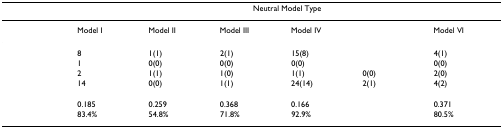
<table><thead><tr><td>[EMPTY_CELL]</td><td colspan="6"><b>Neutral Model Type</b></td></tr></thead><tbody><tr><td>[EMPTY_CELL]</td><td>Model I</td><td>Model II</td><td>Model III</td><td>Model IV</td><td>[EMPTY_CELL]</td><td>Model VI</td></tr><tr><td>[EMPTY_CELL]</td><td>8</td><td>1(1)</td><td>2(1)</td><td>15(8)</td><td>[EMPTY_CELL]</td><td>4(1)</td></tr><tr><td>[EMPTY_CELL]</td><td>1</td><td>0(0)</td><td>0(0)</td><td>0(0)</td><td>[EMPTY_CELL]</td><td>0(0)</td></tr><tr><td>[EMPTY_CELL]</td><td>2</td><td>1(1)</td><td>1(0)</td><td>1(1)</td><td>0(0)</td><td>2(0)</td></tr><tr><td>[EMPTY_CELL]</td><td>14</td><td>0(0)</td><td>1(1)</td><td>24(14)</td><td>2(1)</td><td>4(2)</td></tr><tr><td>[EMPTY_CELL]</td><td>[EMPTY_CELL]</td><td>[EMPTY_CELL]</td><td>[EMPTY_CELL]</td><td>[EMPTY_CELL]</td><td>[EMPTY_CELL]</td><td>[EMPTY_CELL]</td></tr><tr><td>[EMPTY_CELL]</td><td>0.185</td><td>0.259</td><td>0.368</td><td>0.166</td><td>[EMPTY_CELL]</td><td>0.371</td></tr><tr><td>[EMPTY_CELL]</td><td>83.4%</td><td>54.8%</td><td>71.8%</td><td>92.9%</td><td>[EMPTY_CELL]</td><td>80.5%</td></tr></tbody></table>